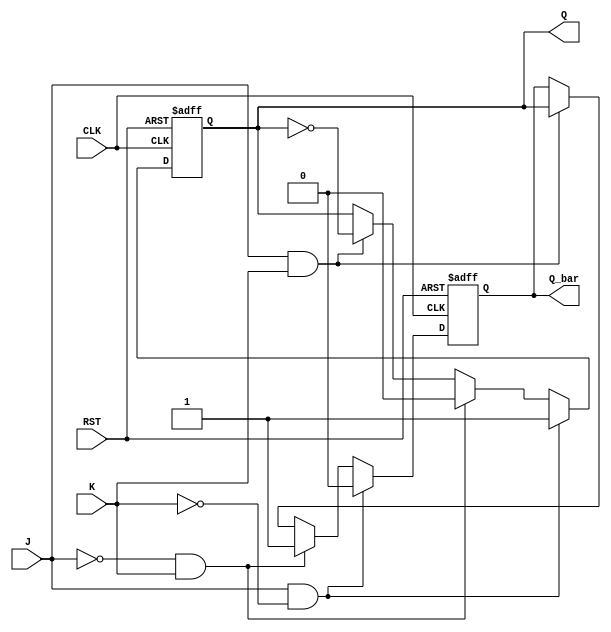
module jk_latch (
    input J, K, CLK, RST,
    output reg Q,
    output reg Q_bar
);

always @(posedge CLK or negedge RST)
begin
    if (!RST)
    begin
        Q <= 0;
        Q_bar <= 1;
    end
    else if (J && !K)
    begin
        Q <= 1;
        Q_bar <= 0;
    end
    else if (!J && K)
    begin
        Q <= 0;
        Q_bar <= 1;
    end
    else if (J && K)
    begin
        Q <= ~Q;
        Q_bar <= Q;
    end
end

endmodule